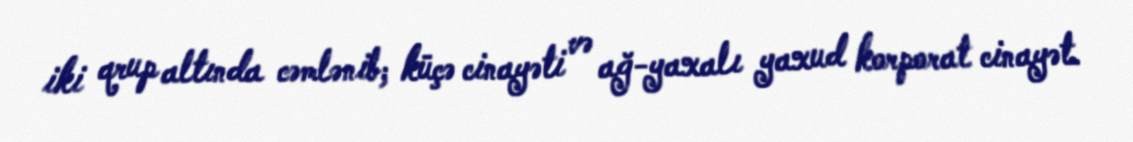
iki qrup altında cəmlənib; küçə cinayəti və ağ-yaxalı yaxud korporat cinayət.